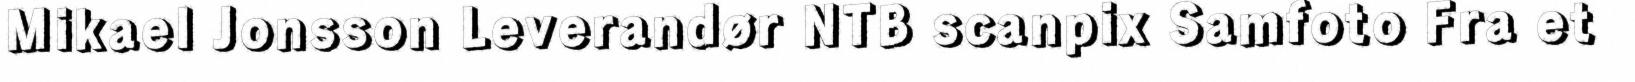
Mikael Jonsson Leverandør NTB scanpix Samfoto Fra et